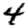
Digit: 4